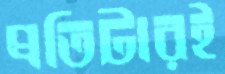
প্রতিটারই